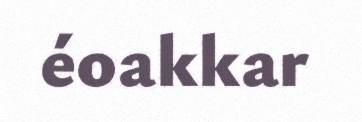
éoakkar